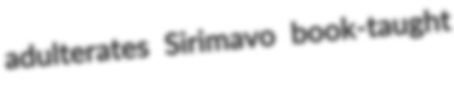
adulterates Sirimavo book-taught